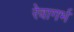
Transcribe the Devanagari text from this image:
रेवागर्भ